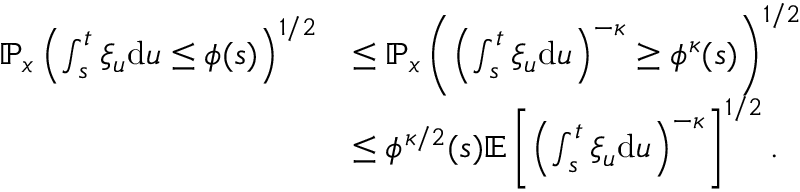
\begin{array} { r l } { \mathbb { P } _ { x } \left( \int _ { s } ^ { t } \xi _ { u } \mathrm { d } u \le \phi ( s ) \right) ^ { 1 / 2 } } & { \le \mathbb { P } _ { x } \left( \left( \int _ { s } ^ { t } \xi _ { u } \mathrm { d } u \right) ^ { - \kappa } \ge \phi ^ { \kappa } ( s ) \right) ^ { 1 / 2 } } \\ & { \le \phi ^ { \kappa / 2 } ( s ) \mathbb { E } \left[ \left( \int _ { s } ^ { t } \xi _ { u } \mathrm { d } u \right) ^ { - \kappa } \right] ^ { 1 / 2 } . } \end{array}